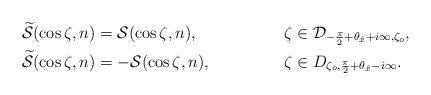
LaTeX: \begin{align*}&\widetilde{\mathcal S}(\cos\zeta,n) = \mathcal S(\cos\zeta,n), && \zeta \in \mathcal D_{-\frac\pi2+\theta_{\hat{x}}+i\infty,\zeta_o}, \\&\widetilde{\mathcal S}(\cos\zeta,n)=-\mathcal S(\cos\zeta,n), && \zeta \in \mathcal \mathcal D_{\zeta_o,\frac\pi2+\theta_{\hat{x}}-i\infty}. \end{align*}